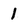
Character: 1